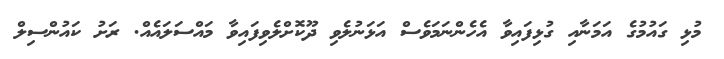
މުޅި ގައުމުގެ އަމަނާއި ގުޅިފައިވާ އެހެންނަމަވެސް އަޅަނުލެވި ދޫކޮށްލެވިފައިވާ މައްސަލައެއް. ރަށު ކައުންސިލް